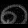
Digit: ၈